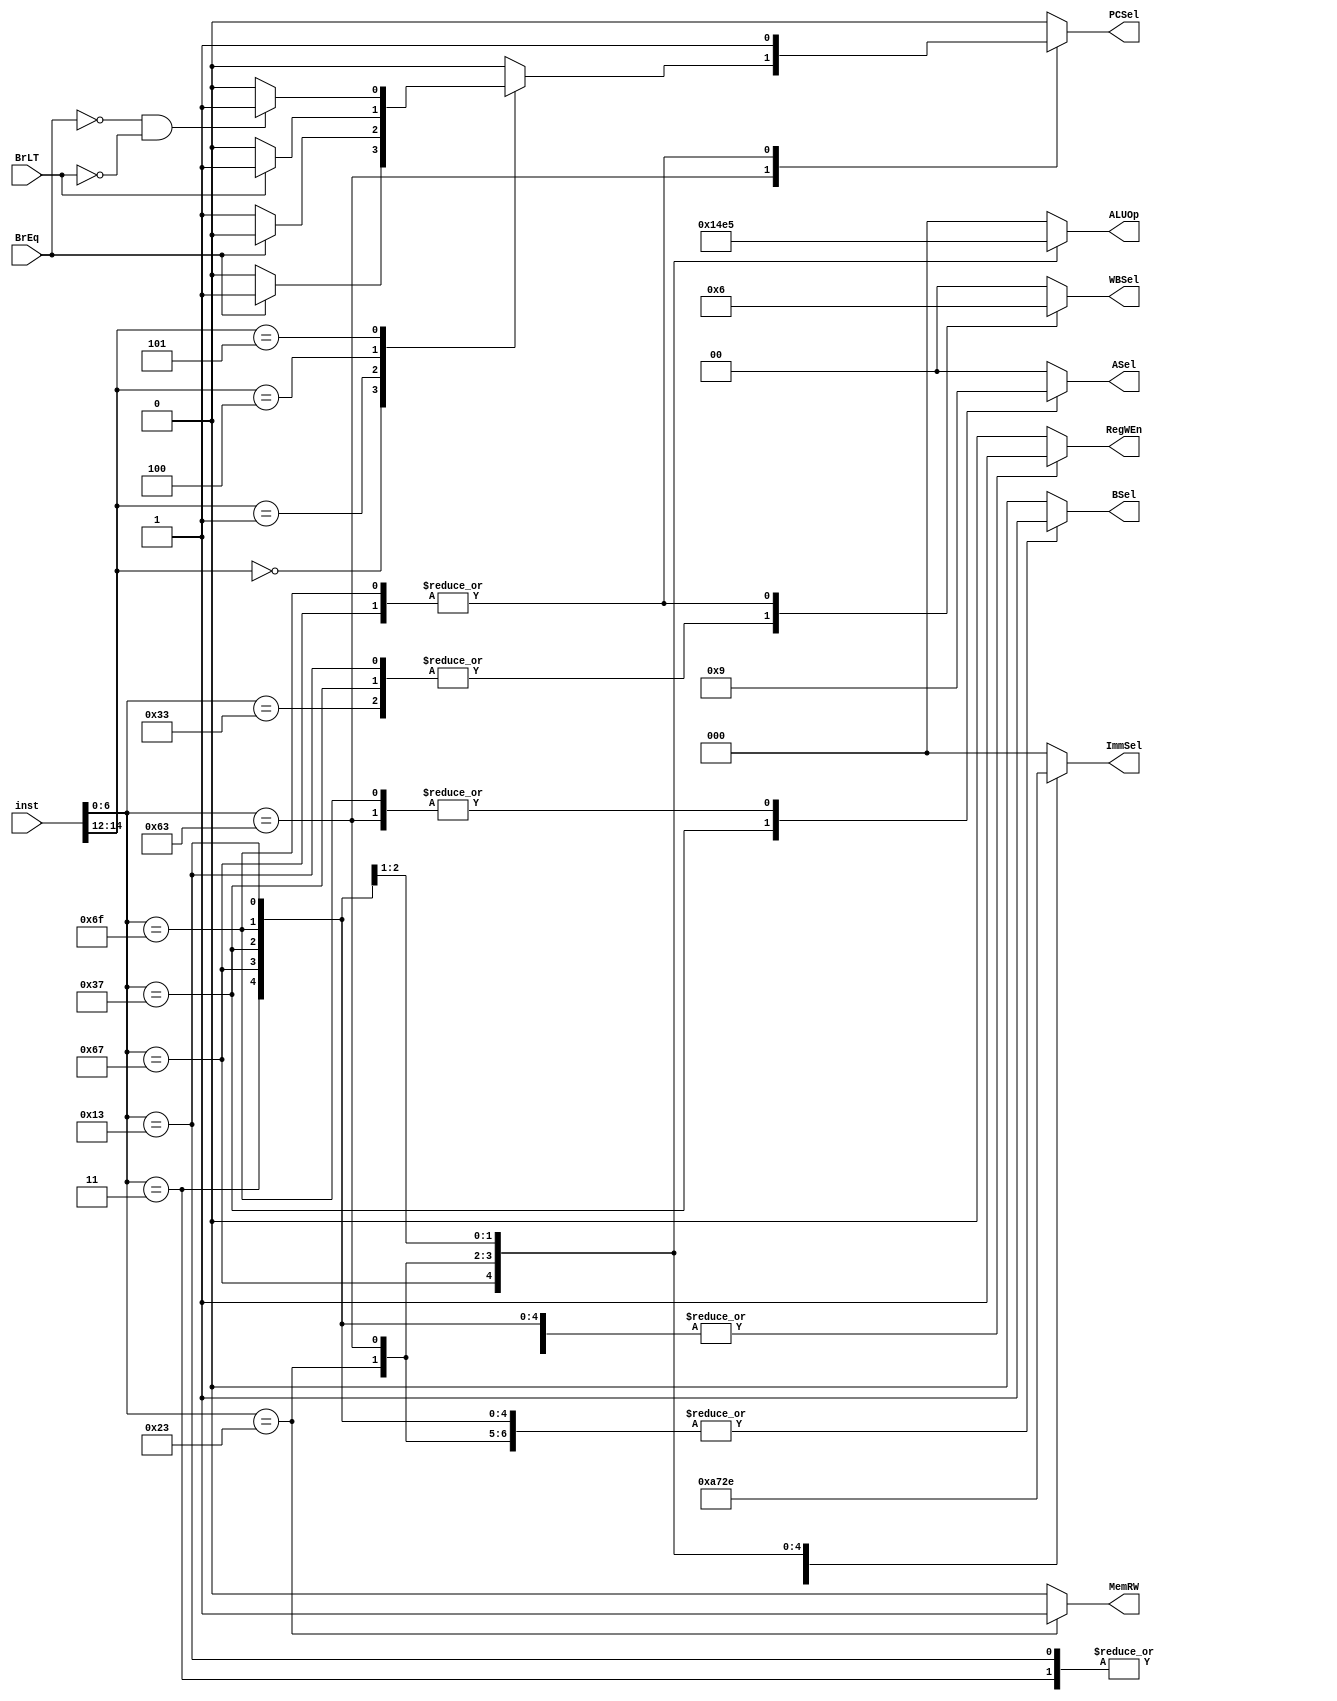
module main_control_unit 
#(parameter INST_WIDTH = 32, 
			IMMSEL_WIDTH = 3)


(input [INST_WIDTH-1:0] inst,
 input BrEq,
 input BrLT,
 output reg PCSel,
 output reg [IMMSEL_WIDTH-1:0] ImmSel,
 output reg RegWEn,
 output reg BSel,
 output reg [1:0] ASel,
 output reg MemRW,
 output reg [2:0] ALUOp,
 output reg [1:0] WBSel
 );

/****************Instruction Formats Encoding******************/
localparam R_type  = 7'h33,
		   I_type  = 7'h13,
		   LOAD    = 7'h03,
		   S_type  = 7'h23,
		   JALR    = 7'h67,
		   SB_type = 7'h63,
		   U_type  = 7'h37,
		   UJ_type = 7'h6F;

/****************ALUOp output Values ******************/
localparam RI_type_ALUOp  = 0,
		   JALR_ALUOp     = 1,
		   S_type_ALUOp   = 2,
		   SB_type_ALUOp  = 3,
		   U_type_ALUOp   = 4,
		   UJ_type_ALUOp  = 5;

/****************ImmSel Output Values ******************/
localparam  R_type_ImmSel  = 3'b000,
		    I_type_ImmSel  = 3'b001,
		    JALR_ImmSel    = 3'b010,
	    	S_type_ImmSel  = 3'b011,
		    SB_type_ImmSel = 3'b100,
		    U_type_ImmSel  = 3'b101,
	        UJ_type_ImmSel = 3'b110;


/****************Memory Control Signal******************/
localparam DMEM_READ  = 0,
		   DMEM_WRITE = 1;

/****************SB_type Instruction Encoding************/
localparam BEQ = 3'b000 ,
		   BNE = 3'b001,
		   BLT = 3'b100,
		   BGT = 3'b101;

always@(*) begin
	
	PCSel  = 1'b0;
	ImmSel = 0;
	RegWEn = 1'b1;
	BSel   = 1'b0;
	ASel   = 2'b00;
	MemRW  = 1'b0;
	ALUOp  = 0;
	WBSel  = 0;

	case(inst[6:0])

	R_type: begin
		PCSel = 1'b0;
		ImmSel = R_type_ImmSel;
		RegWEn = 1'b1;
		BSel = 1'b0;
		ASel = 2'b00;
		MemRW = 1'b0;
		ALUOp = RI_type_ALUOp;
		WBSel = 1;

	end
	I_type: begin
		PCSel = 1'b0;
		ImmSel = I_type_ImmSel;
		RegWEn = 1'b1;
		BSel = 1'b1;
		ASel = 2'b00;
		ALUOp = RI_type_ALUOp;
		MemRW = DMEM_READ;
		WBSel = 1;
	end

	LOAD: begin
	    PCSel = 1'b0;
		ImmSel = I_type_ImmSel;
		RegWEn = 1'b1;
		BSel = 1'b1;
		ASel = 2'b00;
		ALUOp = RI_type_ALUOp;
		MemRW = DMEM_READ;
		WBSel = 0;	
	end
	
	JALR: begin
		PCSel = 1'b1;
		ImmSel = JALR_ImmSel;
		RegWEn = 1'b1;
		BSel = 1'b1;
		ASel = 2'b00;
		ALUOp = JALR_ALUOp;
		MemRW = DMEM_READ;
		WBSel = 2;
	end

	S_type: begin
		PCSel = 1'b0;
		ImmSel = S_type_ImmSel;
		RegWEn = 1'b0;
		BSel = 1'b1;
		ASel = 2'b00;
		ALUOp = S_type_ALUOp;
		MemRW = DMEM_WRITE;
		WBSel = 0;
	end

	SB_type: begin
		ImmSel = SB_type_ImmSel;
		RegWEn = 1'b0;
		BSel = 1'b1;
		ASel = 2'b01;
		ALUOp = SB_type_ALUOp;
		MemRW = 1'b0;
		WBSel = 0;

		case(inst[14:12])
        BEQ:
        	if(BrEq)
        		PCSel = 1'b1;
        	else 
        		PCSel = 1'b0;
        BNE: 
        	if(~BrEq)
        		PCSel = 1'b1;
        	else 
        		PCSel = 1'b0;
        BLT:
        	if(BrLT)
        		PCSel = 1'b1;
        	else 
        		PCSel = 1'b0;
        BGT:
        	if(~BrEq & ~BrLT)
        		PCSel = 1'b1;
        	else 
        		PCSel = 1'b0;
        default: PCSel = 1'b0;
		endcase
	end

	U_type: begin
		PCSel = 1'b0;
		ImmSel = U_type_ImmSel;
		RegWEn = 1'b1;
		BSel = 1'b1;
		ASel = 2'b10;
		ALUOp = U_type_ALUOp;
		MemRW = 1'b0;
		WBSel = 1;
	end

	UJ_type: begin
		PCSel = 1'b1;
		ImmSel = UJ_type_ImmSel;
		RegWEn = 1'b1;
		BSel = 1'b1;
		ASel = 2'b01;
		ALUOp = UJ_type_ALUOp;
		MemRW = 1'b0;
		WBSel = 2;
	end
    
    default: begin
    	PCSel = 1'b0;
    	ImmSel = 0;
    	RegWEn = 1'b0;
    	BSel = 1'b0;
    	ASel = 2'b00;
    	ALUOp = 0;
    	MemRW = DMEM_READ;
    	WBSel = 0; 
    end
	endcase
end
endmodule